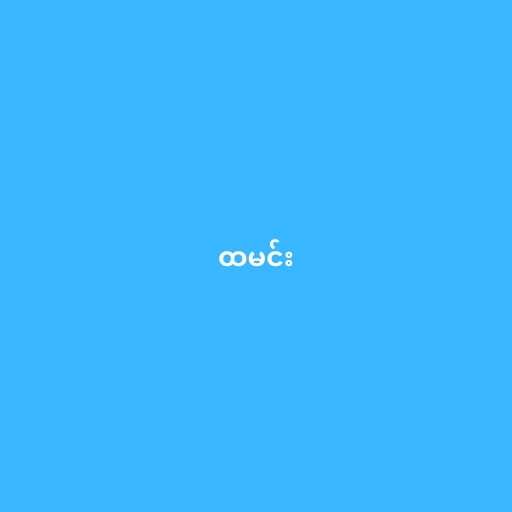
ထမင်း